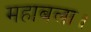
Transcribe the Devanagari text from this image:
महाबला।